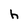
Character: h